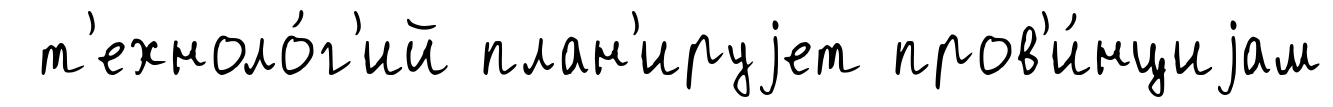
т'ехноло́г'ий план'ируjет пров'и́нциjам